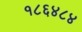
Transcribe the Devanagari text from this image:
१८६४८४